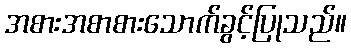
အစားအစာစားသောက်ခွင့်ပြုသည်။